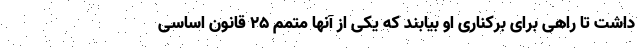
داشت تا راهی برای برکناری او بیابند که یکی از آنها متمم ۲۵ قانون اساسی